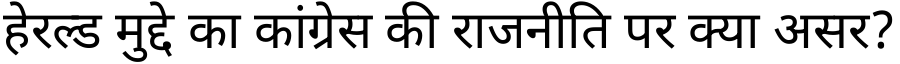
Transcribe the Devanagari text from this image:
हेरल्ड मुद्दे का कांग्रेस की राजनीति पर क्या असर?